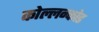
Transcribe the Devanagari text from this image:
कोल्लन्कोड